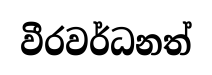
වීරවර්ධනත්